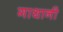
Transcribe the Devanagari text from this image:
गाथानी